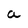
Character: a